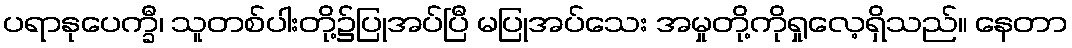
ပရာနုပေက္ခီ၊ သူတစ်ပါးတို့၌ပြုအပ်ပြီ မပြုအပ်သေး အမှုတို့ကိုရှုလေ့ရှိသည်။ နေတာ